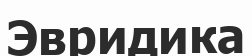
Эвридика